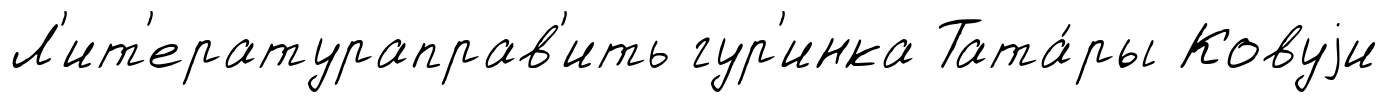
Л'ит'ератураправ'ить гур'инка Тата́ры Ковуjи